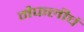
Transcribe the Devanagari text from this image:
मैफलीचं